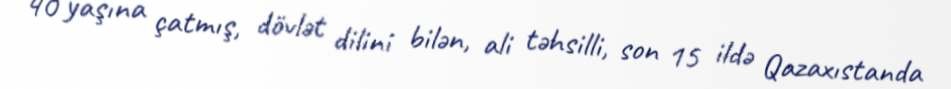
40 yaşına çatmış, dövlət dilini bilən, ali təhsilli, son 15 ildə Qazaxıstanda